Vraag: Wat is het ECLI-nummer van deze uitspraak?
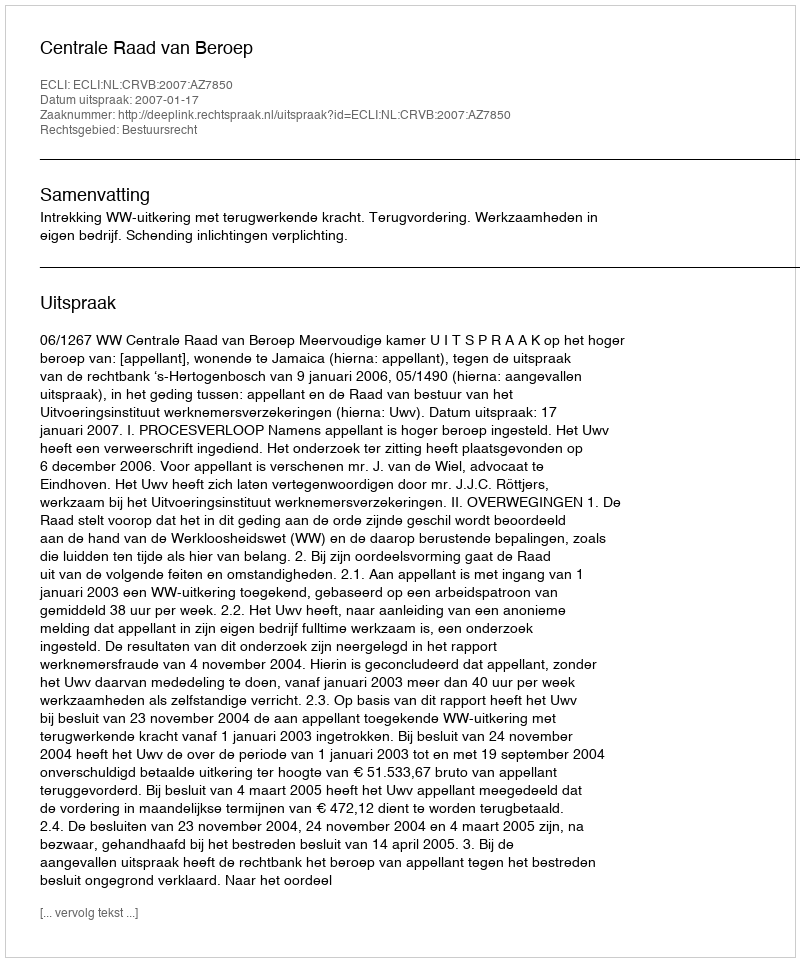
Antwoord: ECLI:NL:CRVB:2007:AZ7850